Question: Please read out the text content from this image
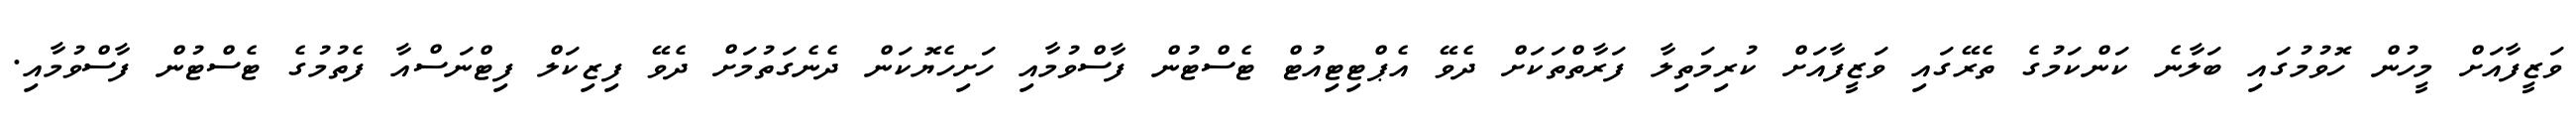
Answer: ވަޒީފާއަށް މީހުން ހޮވުމުގައި ބަލާނެ ކަންކަމުގެ ތެރޭގައި ވަޒީފާއަށް ކުރިމަތިލާ ފަރާތްތަކަށް ދެވޭ އެޕްޓިޓިއުޓް ޓެސްޓުން ފާސްވުމާއި ހަށިހެޔޮކަން ދެނެގަތުމަށް ދެވޭ ފިޒިކަލް ފިޓްނަސްއާ ފެތުމުގެ ޓެސްޓުން ފާސްވުމާއި.